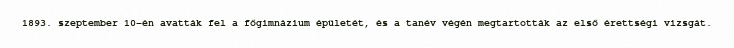
1893. szeptember 10-én avatták fel a főgimnázium épületét, és a tanév végén megtartották az első érettségi vizsgát.